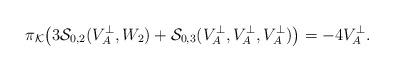
LaTeX: \begin{align*}\pi_{\mathcal{K}}\big(3\mathcal{S}_{0,2}(V_A^{\perp},W_2)+\mathcal{S}_{0,3}(V_A^{\perp},V_A^{\perp},V_A^{\perp})\big)=-4V_A^{\perp}.\end{align*}